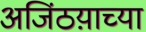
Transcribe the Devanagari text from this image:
अजिंठय़ाच्या